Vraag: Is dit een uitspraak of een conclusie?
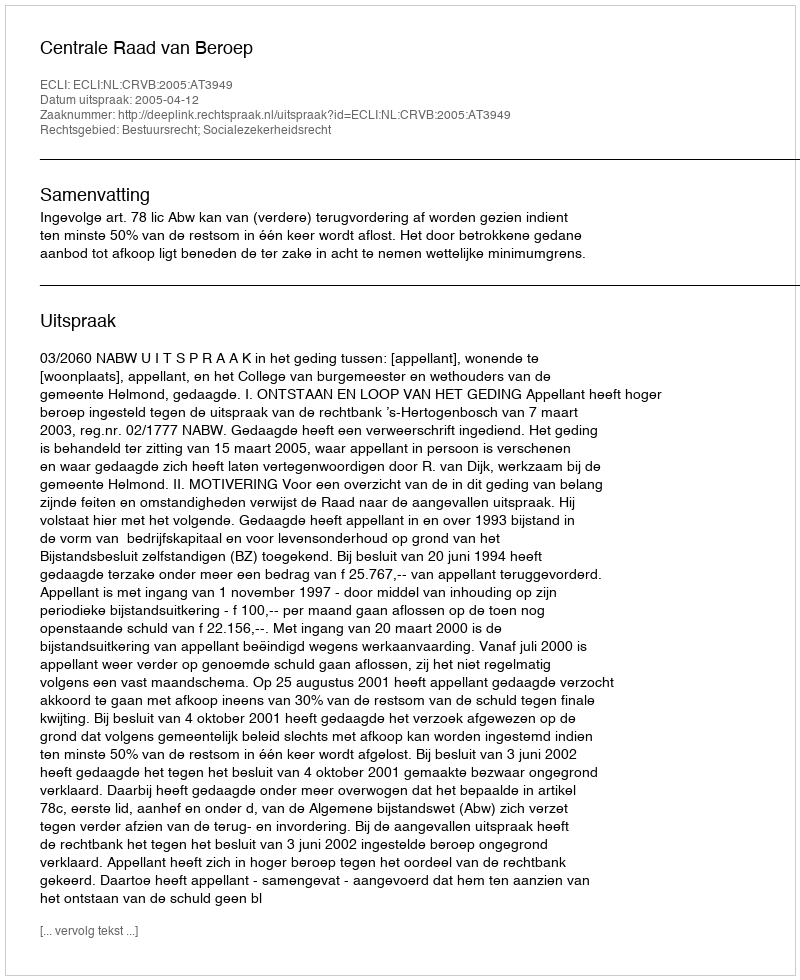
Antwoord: Uitspraak